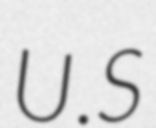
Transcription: U.S